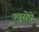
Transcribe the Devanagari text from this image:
ज्युसेपे